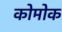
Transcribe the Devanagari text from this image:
कोमोक